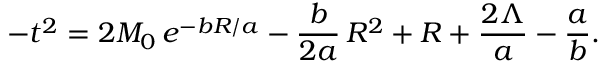
- t ^ { 2 } = 2 M _ { 0 } \, e ^ { - b R / a } - { \frac { b } { 2 a } } \, R ^ { 2 } + R + { \frac { 2 \Lambda } { a } } - { \frac { a } { b } } .